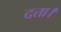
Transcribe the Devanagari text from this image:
दत्ता।